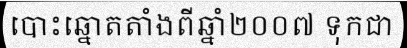
បោះឆ្នោតតាំងពីឆ្នាំ២០០៧ ទុកជា